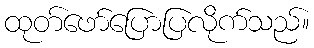
ထုတ်ဖော်ပြောပြလိုက်သည်။